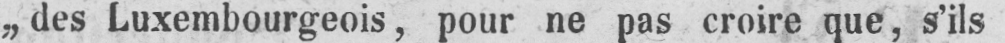
„des Luxembourgeois, pour ne pas croire que, s’ils